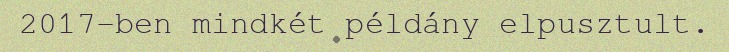
2017-ben mindkét példány elpusztult.